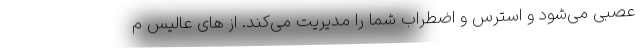
عصبی می‌شود و استرس و اضطراب شما را مدیریت می‌کند. از های عالیس م